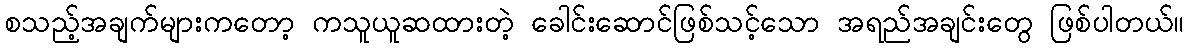
စသည့်အချက်များကတော့ ကသူယူဆထားတဲ့ ခေါင်းဆောင်ဖြစ်သင့်သော အရည်အချင်းတွေ ဖြစ်ပါတယ်။